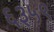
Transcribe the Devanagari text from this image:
६३५९